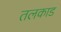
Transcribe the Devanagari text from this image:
तलकाड